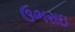
ઉભરાઇ